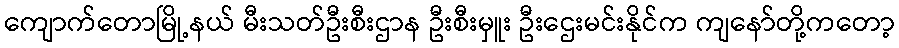
ကျောက်တောမြို့နယ် မီးသတ်ဦးစီးဌာန ဦးစီးမှူး ဦးဌေးမင်းနိုင်က ကျနော်တို့ကတော့